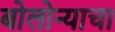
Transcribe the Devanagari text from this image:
बोलोन्याचा